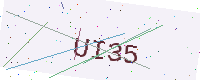
Text: UI35